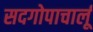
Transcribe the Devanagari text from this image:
सदगोपाचार्लू